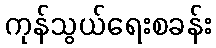
ကုန်သွယ်ရေးစခန်း